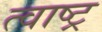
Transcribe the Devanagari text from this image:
त्वाष्ट्र